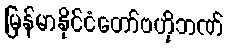
မြန်မာနိုင်ငံတော်ဗဟိုဘဏ်